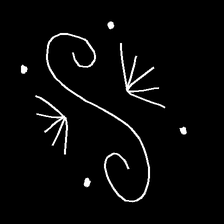
Glyph: aeroform